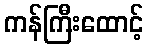
ကန်ကြီးထောင့်